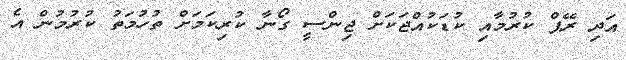
އަދި ރޭޕް ކުރުމާއި ކުޑަކުއްޖަކަށް ޖިންސީ ގޯނާ ކުރިކަމަށް ތުހުމަތު ކުރުމުން އެ